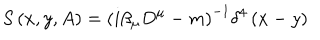
S \left( x , y , A \right) = \left( i \beta _ { \mu } D ^ { \mu } - m \right) ^ { - 1 } \delta ^ { 4 } \left( x - y \right)